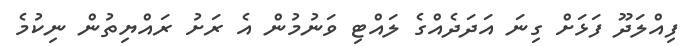
ފިއްލަދޫ ފަޅަށް ގިނަ އަދަދެއްގެ ލައްޓި ވަނުމުން އެ ރަށު ރައްޔިތުން ނިކުމެ